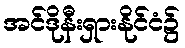
အင်ဒိုနီးရှားနိုင်ငံ၌